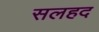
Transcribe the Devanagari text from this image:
सलहद